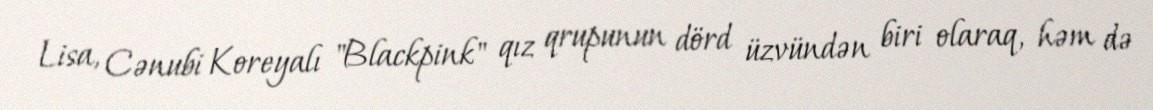
Lisa, Cənubi Koreyalı "Blackpink" qız qrupunun dörd üzvündən biri olaraq, həm də